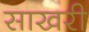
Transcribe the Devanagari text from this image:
साखरी